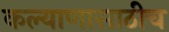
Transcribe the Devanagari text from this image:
कल्याणासाठीच